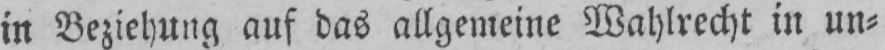
in Beziehung auf das allgemeine Wahlrecht in un⸗